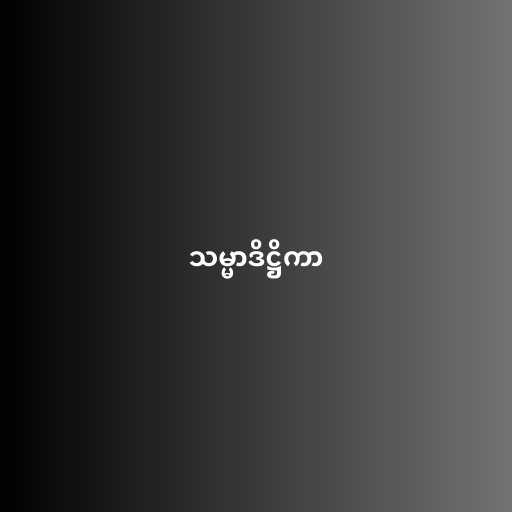
သမ္မာဒိဋ္ဌိကာ